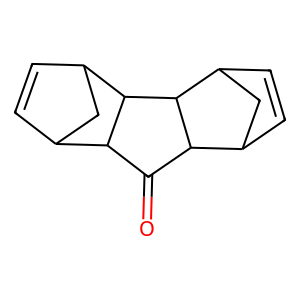
SMILES: O=C1C2C3C=CC(C3)C2C2C3C=CC(C3)C12
Inhibits HIV replication: No